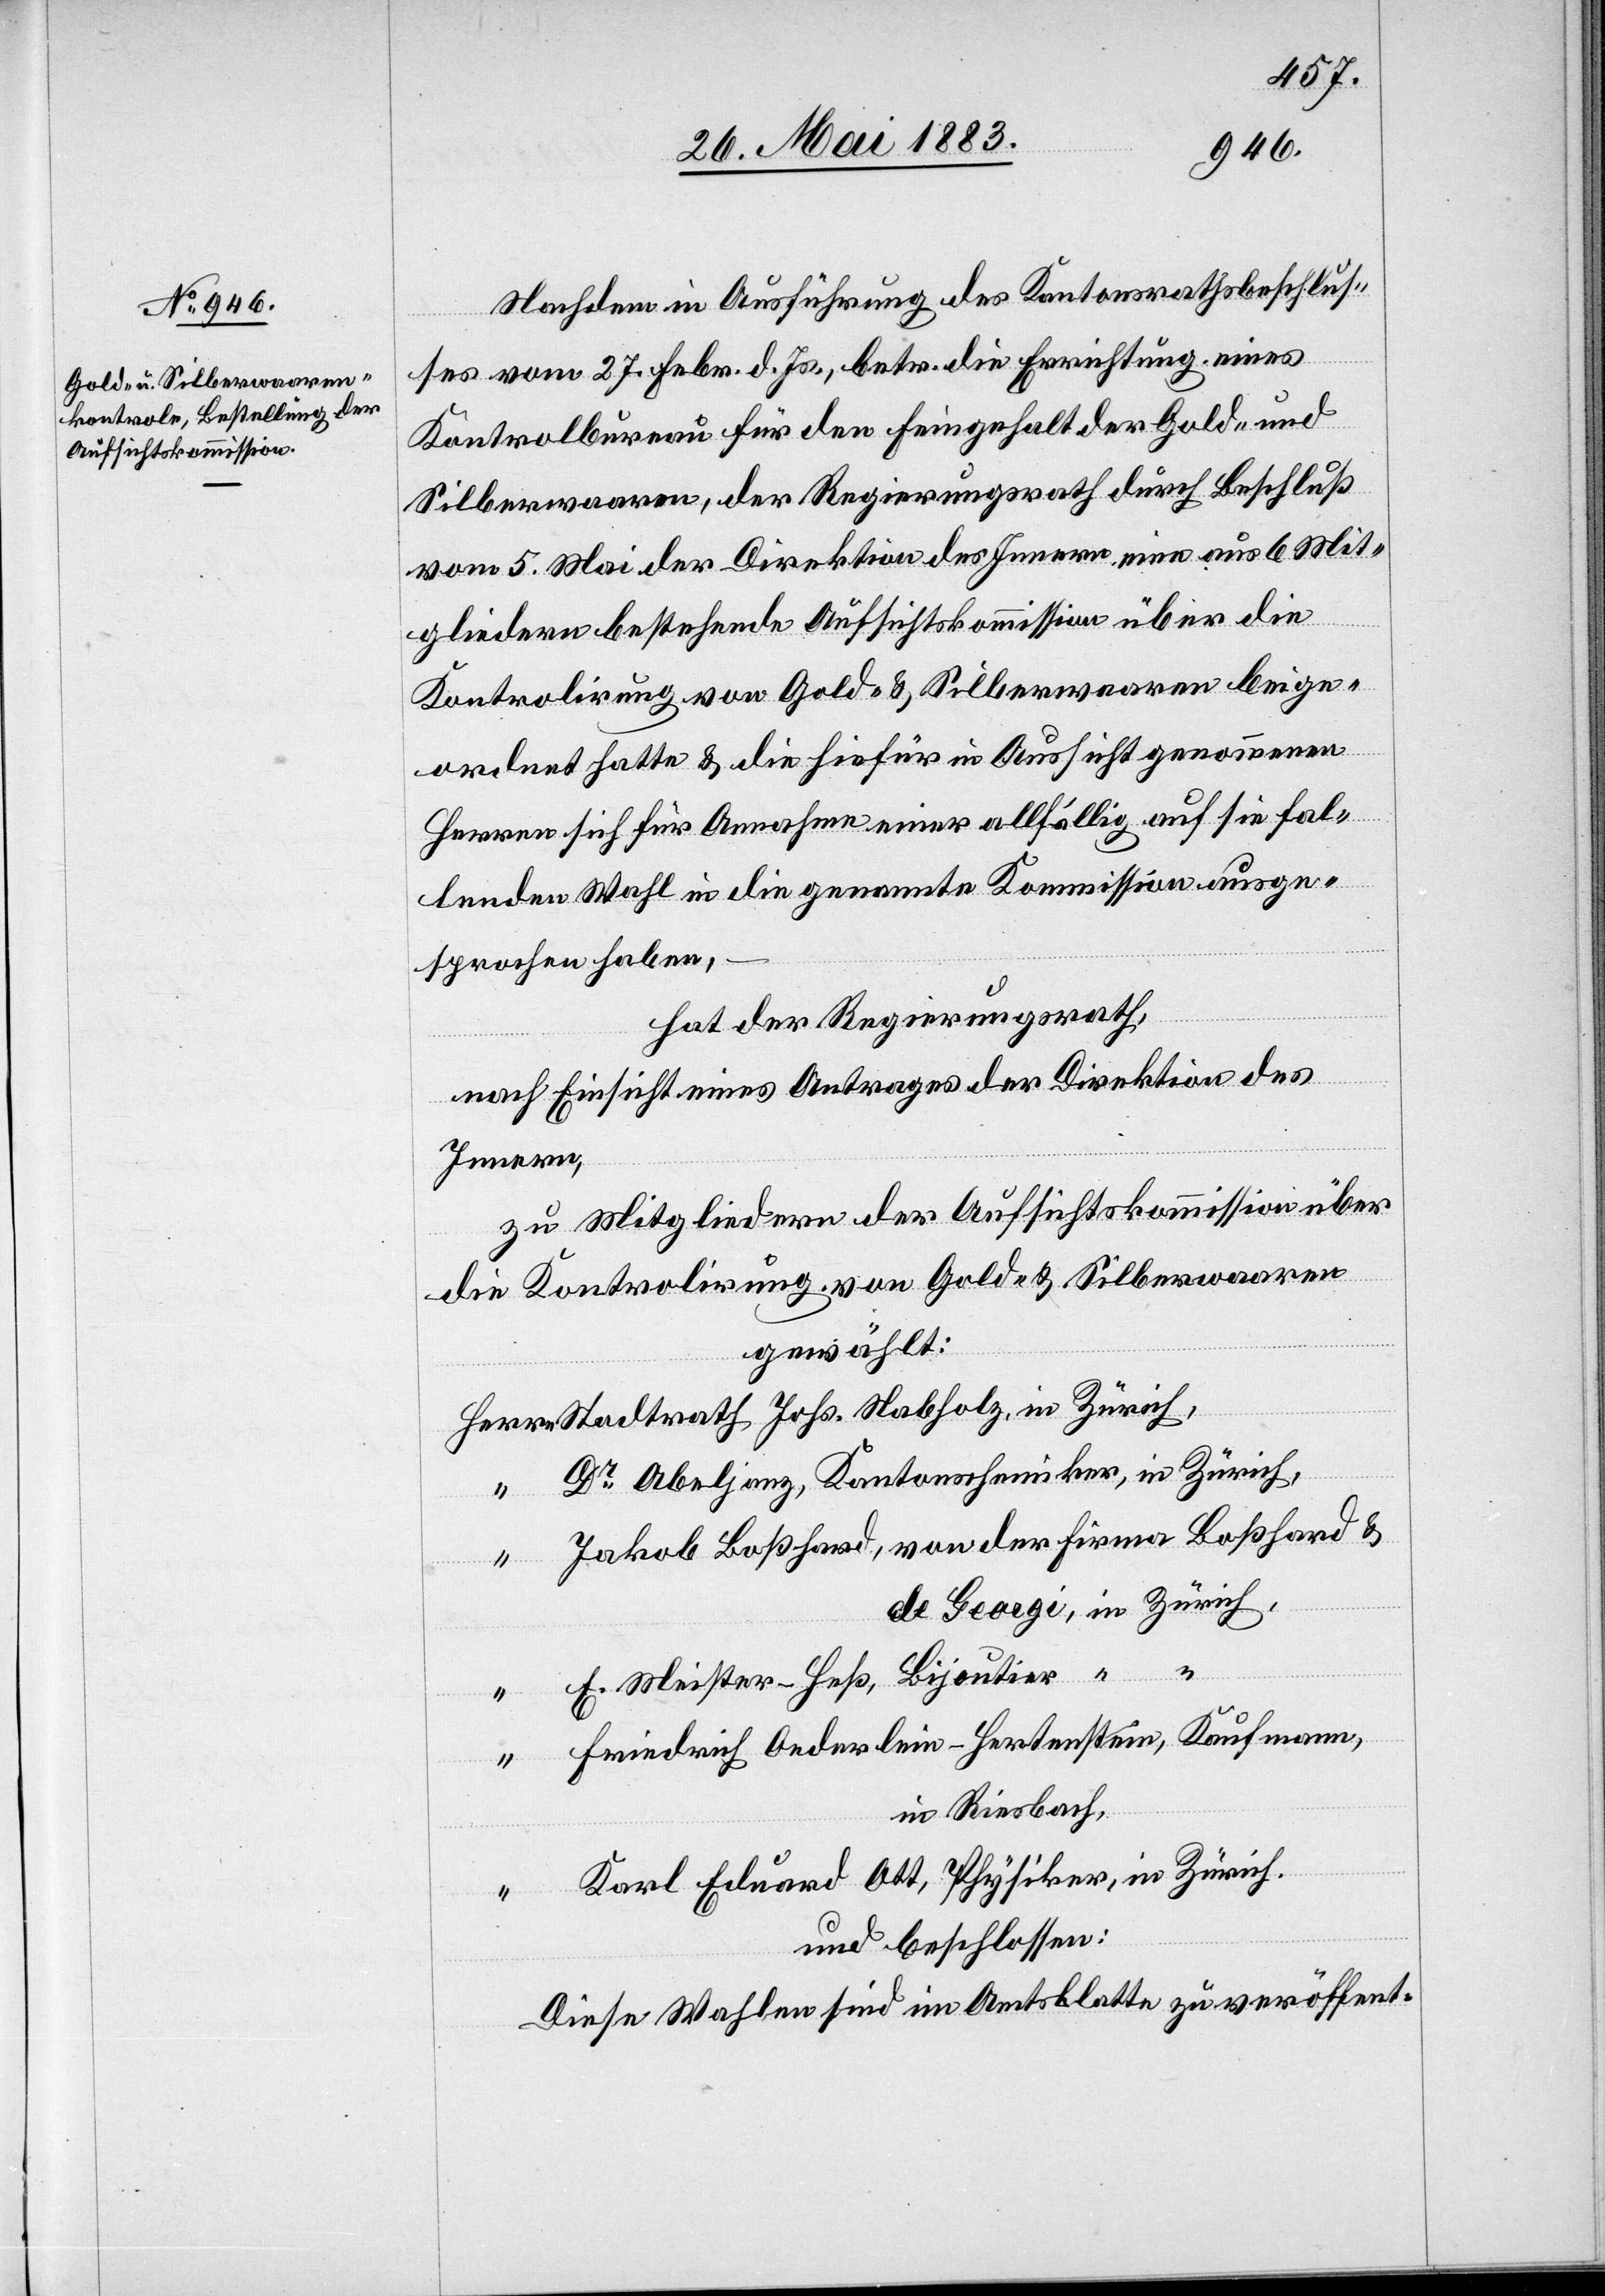
Nachdem in Ausführung des Kantonsrathsbeschlus¬
ses vom 27. Febr. d. Js., betr. die Errichtung eines
Kontrolbureau für den Feingehalt der Gold- und
Silberwaaren, der Regierungsrath durch Beschluß
vom 5. Mai der Direktion des Innern eine aus 6 Mit¬
gliedern bestehende Aufsichtskommission über die
Kontrolirung von Gold- & Silberwaaren beige¬
ordnet hatte & die hiefür in Aussicht genommenen
Herren sich für Annahme einer allfällig auf sie fal¬
lenden Wahl in die genannte Kommission ausge¬
sprochen haben,
hat der Regierungsrath,
nach Einsicht eines Antrages der Direktion des
Innern,
zu Mitgliedern der Aufsichtskommission über
die Kontrolirung von Gold- & Silberwaaren
gewählt:
Herrn Stadtrath, Johs. Nabholz, in Zürich
Dr Abeljanz, Kantonschemiker, in Zürich,
“ Jakob Boßhard, von der Firma Boßhard &
de Georgi, in Zürich,
E. Meister-Heß, Bijoutier “ “
“ Friedrich Oederlein-Hertenstein, Kaufmann,
in Riesbach,
“ Karl Eduard Ott, Physiker, in Zürich.
und beschlossen:
Diese Wahlen sind im Amtsblatt zu veröffent-